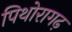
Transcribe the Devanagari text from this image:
पिथोरागढ़